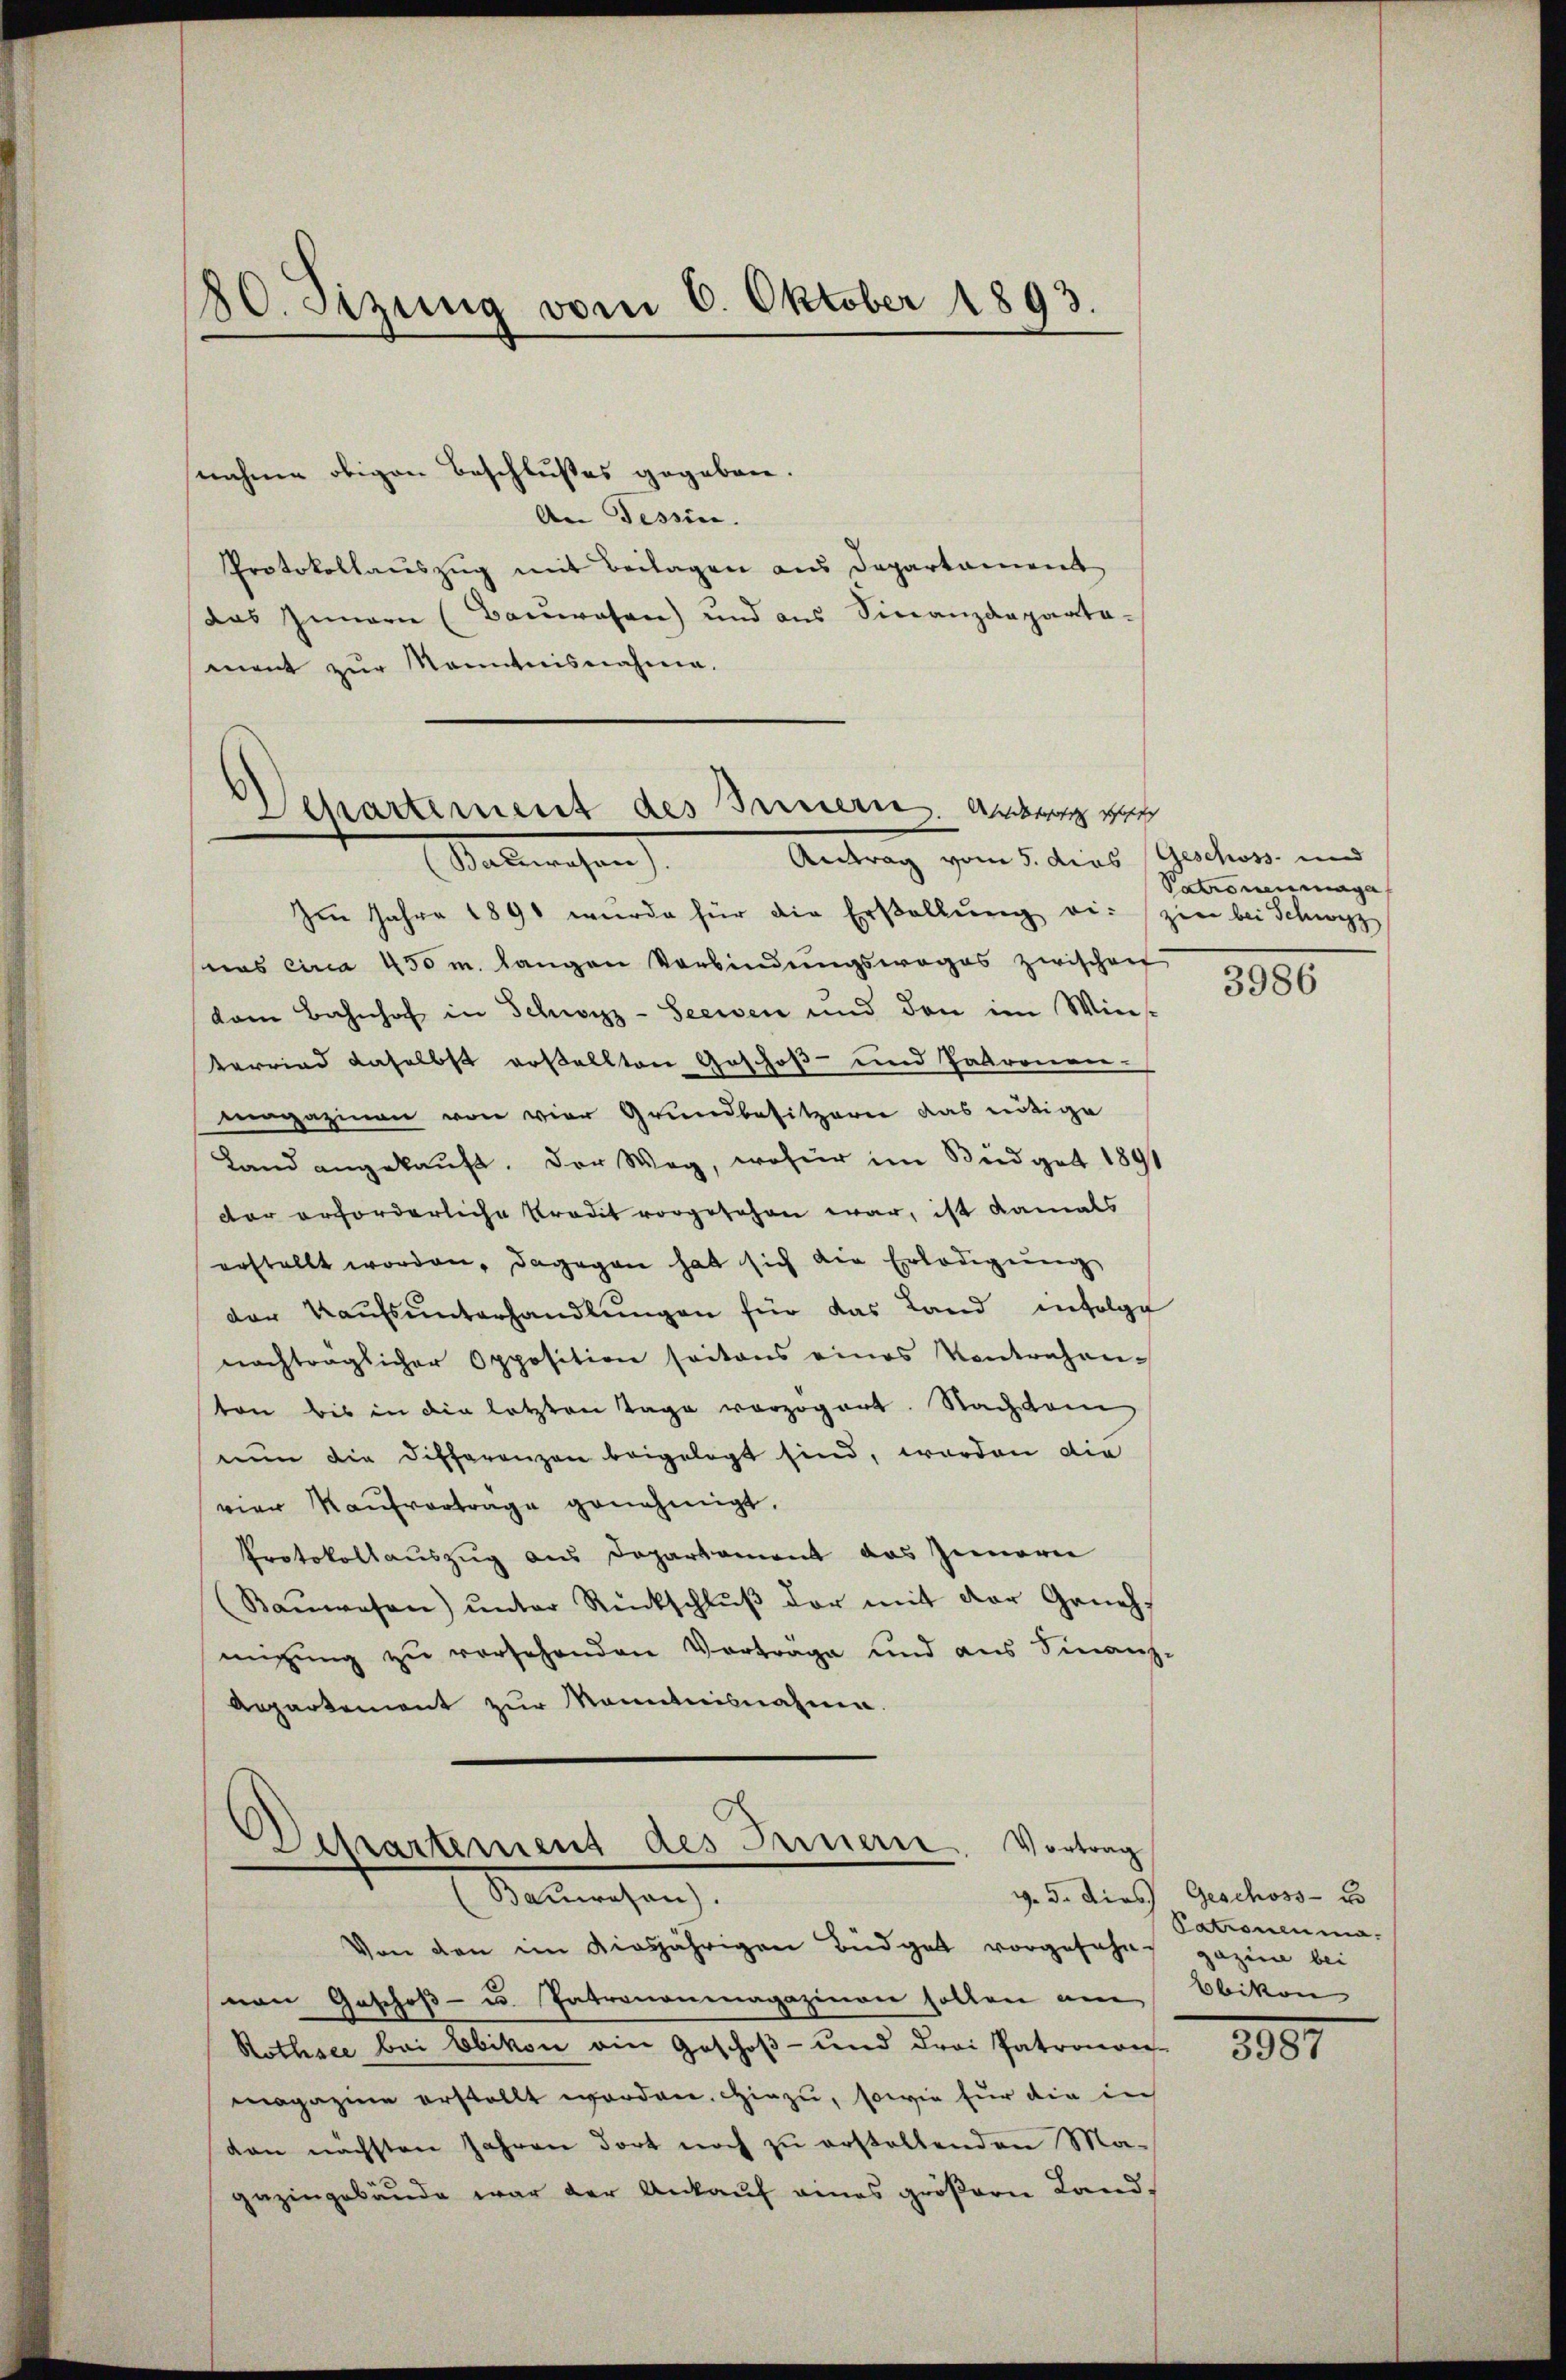
20. Sizung vom 6. Oktober 1893.

An Tessin.
Protokollauszug mit Beilagen aus Departament
das Innern (Bauwesen) und aus Finanzdapaata-
ment zur Kenntnisnahme.

nahme obigen Beschlußes gegeben.

Departement des Bern ge
Antrag vom 5. dies Geschoss und
Sabwesen

Im Jahre 1891 wurde für die Erstellŭng die zin bei Schwyz
nas circa 450 m langen Verbindungsweges zwischen
dam Bahnhof in Schwyz-Seewen und den im Win
terrind daselbst erstellten Geschoß- und Patronen-
magazinen von vier Grundbesitzern das nötige
Land angekauft. Der Weg, wofür im Büdget 1891
der erforderliche Predit vorgesehen war, ist damals
erstellt worden, dagegen hat sich die Erledigung
der Kaŭfsŭnterhandlŭngen für das Land infolge
nachtraglicher Opposition seitens eines Kontrahenton bis in die letzten Tage vorzogeart. Nach dam
nŭn die Differenzen beigelegt sind, worden die
vier Kaŭfvertrage genehmigt.
Protokollauszug aus Departament das Innerei
Baŭwesen ŭnter Rückschlŭβ der mit der Geneh
migŭng zŭ versehenden Vorträge und aus Finanz-
Aepartement zur Manntnisnahme.

Desartement des Innern. Vortrag
abwesen

Von den im diesjährigen Büdget vorgefahrt gazine bei
von Geschoß- u. Patrononmagazinen sollen am Obikon
Rothsee bei Ebikon ain Geschoß- und drei Patronon-
magazine erstellt worden. Hiezu, sowie für die in
dan nächsten Jahren dort noch zu erstellenden Magezingebäude war der Ankauf eines größern Land-

Patronenmaga

3986

v. d. dies Geschoss- u
Patronenma

381